Punjab Mental Hospital Lahore 1922-31 - 1922-1931
Year: 1922
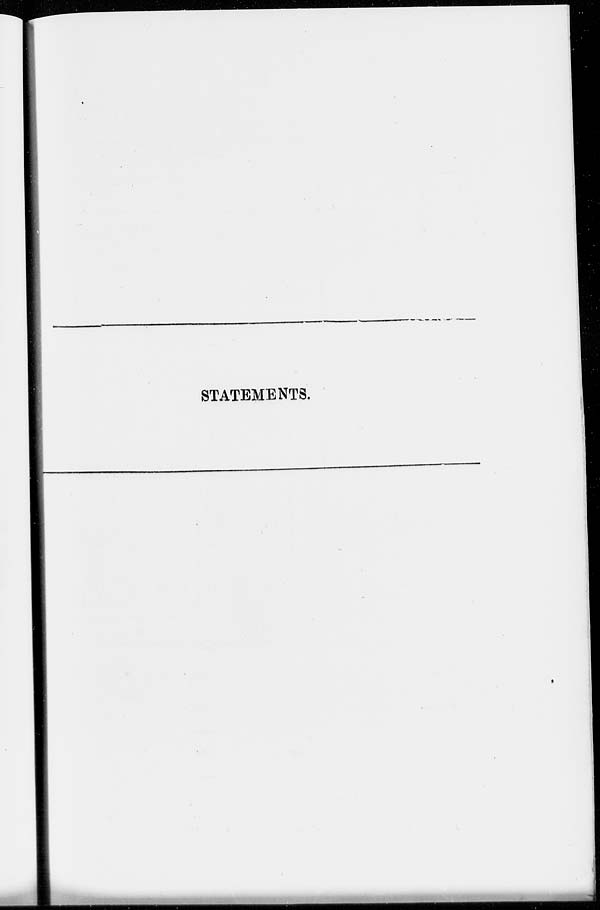
STATEMENTS.